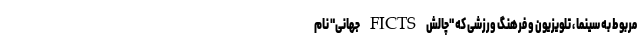
مربوط به سینما ، تلویزیون و فرهنگ ورزشی که "چالش FICTS جهانی" نام